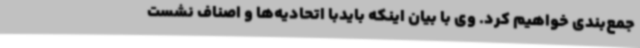
جمع‌بندی خواهیم کرد. وی با بیان اینکه بایدبا اتحادیه‌ها و اصناف نشست